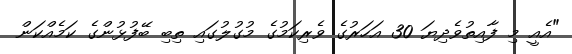
"އެއީ މި ފާއިތުވެދިޔަ 30 އަހަރުގެ ވެރިކަމުގެ މުގުލުގައި ތިބި ބޭފުޅުންގެ ކަމެއްކަން